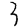
Digit: 3